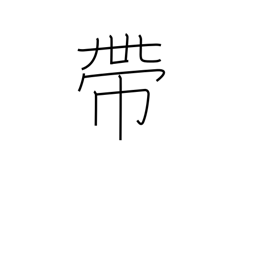
Meaning: band